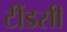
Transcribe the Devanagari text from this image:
टींडसी